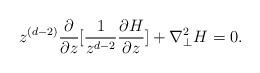
LaTeX: \begin{align*}z^{(d - 2)}\frac{\partial}{{\partial}z}[\frac{1}{z^{d - 2}}\frac{{\partial}H}{{\partial}z}] +{\nabla}^{2}_{\perp} H = 0.\end{align*}